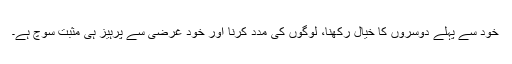
خود سے پہلے دوسروں کا خیال رکھنا، لوگوں کی مدد کرنا اور خود غرضی سے پرہیز ہی مثبت سوچ ہے۔